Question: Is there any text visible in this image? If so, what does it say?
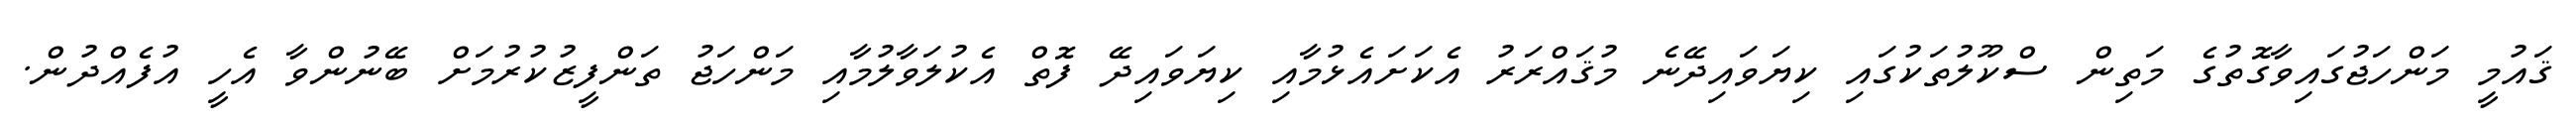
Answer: ޤައުމީ މަންހަޖުގައިވާގޮތުގެ މަތިން ސްކޫލުތަކުގައި ކިޔަވައިދޭނެ މުޤައްރަރު އެކަށައެޅުމާއި ކިޔަވައިދޭ ފޮތް އެކުލަވާލުމާއި މަންހަޖު ތަންފީޒުކުރުމަށް ބޭނުންވާ އެހީ އުފެއްދުން.